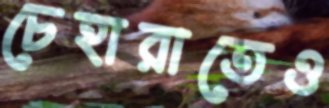
চেহারাতেও